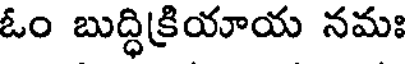
ఓం బుద్ధిక్రియాయ నమః